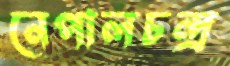
নেপালচন্দ্র